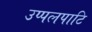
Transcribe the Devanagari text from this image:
उप्पलपाटि